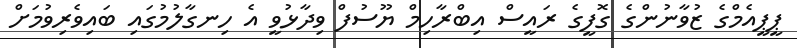
ޕީޕީއެމްގެ ޒުވާނުންގެ ގޮފީގެ ރައީސް އިބްރާހިމް ޔޫސުފް ވިދާޅުވީ އެ ހިނގާލުމުގައި ބައިވެރިވުމަށް